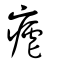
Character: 瘧